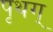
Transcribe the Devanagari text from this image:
पृथग्